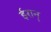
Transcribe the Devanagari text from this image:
ईरान्